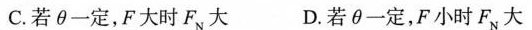
C.若θ一定，F大时F_{N}大 D.若θ一定，F小时F_{N}大